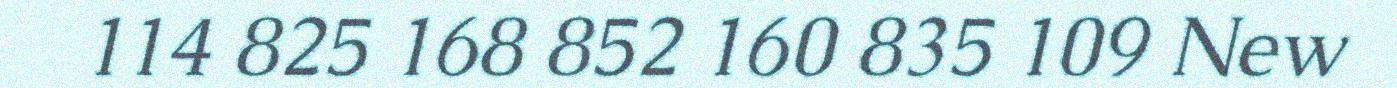
114 825 168 852 160 835 109 New